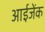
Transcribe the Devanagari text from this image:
आईजेंक